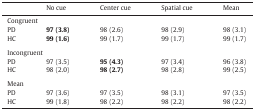
<table><thead><tr><td></td><td><b>No cue</b></td><td><b>Center cue</b></td><td><b>Spatial cue</b></td><td><b>Mean</b></td></tr></thead><tbody><tr><td colspan="5">Congruent</td></tr><tr><td>PD</td><td><b>97 (3.8)</b></td><td>98 (2.6)</td><td>98 (2.9)</td><td>98 (3.1)</td></tr><tr><td>HC</td><td><b>99 (1.6)</b></td><td>99 (1.7)</td><td>99 (1.7)</td><td>99 (1.7)</td></tr><tr><td colspan="5">  </td></tr><tr><td colspan="5">Incongruent</td></tr><tr><td>PD</td><td>97 (3.5)</td><td><b>95 (4.3)</b></td><td>97 (3.4)</td><td>96 (3.8)</td></tr><tr><td>HC</td><td>98 (2.0)</td><td><b>98 (2.7)</b></td><td>98 (2.8)</td><td>99 (2.5)</td></tr><tr><td colspan="5">  </td></tr><tr><td colspan="5">Mean</td></tr><tr><td>PD</td><td>97 (3.6)</td><td>97 (3.5)</td><td>98 (3.1)</td><td>97 (3.5)</td></tr><tr><td>HC</td><td>99 (1.8)</td><td>98 (2.2)</td><td>98 (2.2)</td><td>98 (2.2)</td></tr></tbody></table>